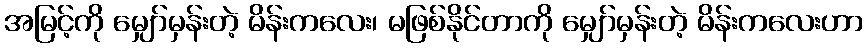
အမြင့်ကို မျှော်မှန်းတဲ့ မိန်းကလေး၊ မဖြစ်နိုင်တာကို မျှော်မှန်းတဲ့ မိန်းကလေးဟာ